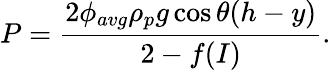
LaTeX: P=\frac{2\phi_{avg}\rho_{p}g\cos\theta(h-y)}{2-f(I)}.